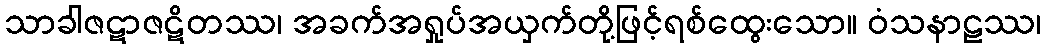
သာခါဇဋာဇဋိတဿ၊ အခက်အရှုပ်အယှက်တို့ဖြင့်ရစ်ထွေးသော။ ဝံသနာဠဿ၊